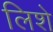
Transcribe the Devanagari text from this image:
लिशे